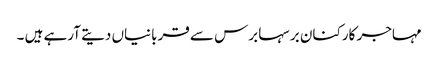
مہاجر کارکنان برسہا برس سے قربانیاں دیتے آرہے ہیں ۔